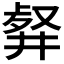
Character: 𠭮